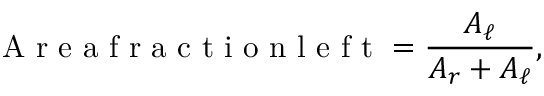
\textrm { A r e a f r a c t i o n l e f t } = \frac { A _ { \ell } } { A _ { r } + A _ { \ell } } ,